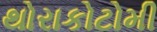
થોરાકોટોમી